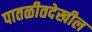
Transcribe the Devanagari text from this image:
पातळीतदेखील